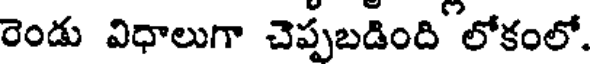
రెండు విధాలుగా చెప్పబడింది లోకంలో.